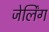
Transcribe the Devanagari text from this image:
जेर्लिंग